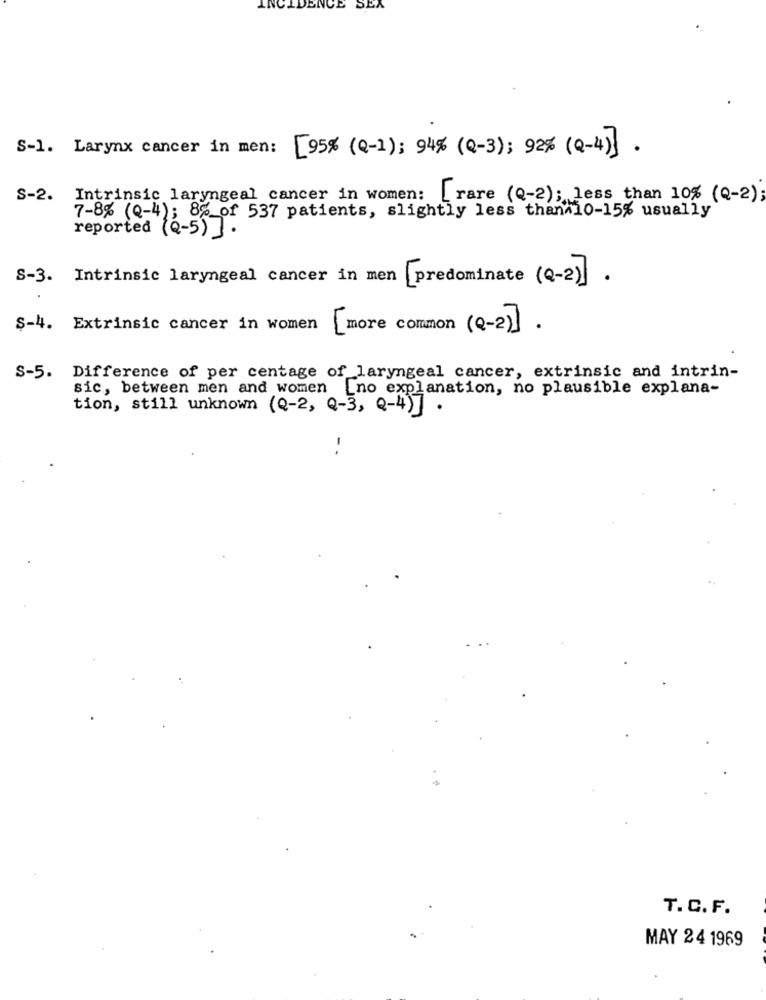
ICE SEA
S-1. Larynx cancer in men:
[95% (Q-1); 94% (Q-3); 92% (Q-4)] .
S-2.
Intrinsic laryngeal cancer in women: [rare (Q-2); less than 10% (Q-2);
7-8% (Q-4); 8% of 537 patients, slightly less than 10-15% usually
reported (2-5) ] .
S-3. Intrinsic laryngeal cancer in men [predominate (Q-2] .
$-4. Extrinsic cancer in women
[more common (2-2].
S-5.
Difference of per centage of laryngeal cancer, extrinsic and intrin-
sic, between men and women [no explanation, no plausible explana-
tion, still unknown (Q-2, Q-3, Q-4)]
.
-.
T. C. F.
MAY 24 1969